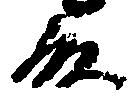
殿